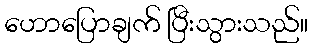
ဟောပြောချက် ပြီးသွားသည်။